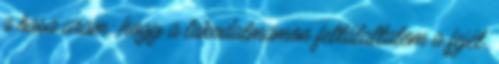
a basa uram; hogy a lakodalmamon feltálaltatom a fejét,